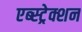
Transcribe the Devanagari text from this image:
एब्स्ट्रेक्शन